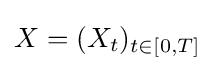
X=(X_{t})_{t\in [0,T]}